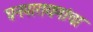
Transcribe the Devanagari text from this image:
घनपारायणांचा